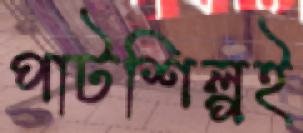
পাটশিল্পই